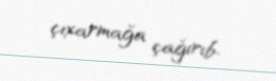
çıxarmağa çağırıb.